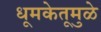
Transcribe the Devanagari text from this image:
धूमकेतूमुळे